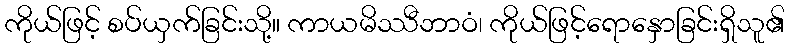
ကိုယ်ဖြင့် စပ်ယှက်ခြင်းသို့။ ကာယမိဿီဘာဝံ၊ ကိုယ်ဖြင့်ရောနှောခြင်းရှိသူ၏